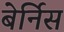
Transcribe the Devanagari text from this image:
बेर्निस